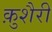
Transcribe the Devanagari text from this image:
क़ुशैरी